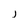
Character: j